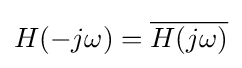
H(-j\omega )={\overline {H(j\omega )}}